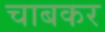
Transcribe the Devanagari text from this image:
चाबकर